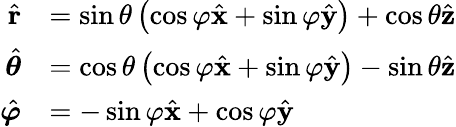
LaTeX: {\begin{array}{rl}{{\hat{\mathbf{r}}}}&{=\sin\theta\left(\cos\varphi{\hat{\mathbf{x}}}+\sin\varphi{\hat{\mathbf{y}}}\right)+\cos\theta{\hat{\mathbf{z}}}}\\ {{\hat{\boldsymbol{\theta}}}}&{=\cos\theta\left(\cos\varphi{\hat{\mathbf{x}}}+\sin\varphi{\hat{\mathbf{y}}}\right)-\sin\theta{\hat{\mathbf{z}}}}\\ {{\hat{\boldsymbol{\varphi}}}}&{=-\sin\varphi{\hat{\mathbf{x}}}+\cos\varphi{\hat{\mathbf{y}}}}\end{array}}